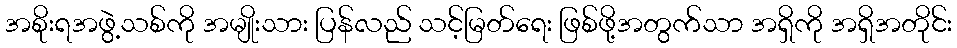
အစိုးရအဖွဲ့သစ်ကို အမျိုးသား ပြန်လည် သင့်မြတ်ရေး ဖြစ်ဖို့အတွက်သာ အရှိကို အရှိအတိုင်း